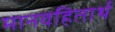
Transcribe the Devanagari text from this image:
मानवहितार्थ